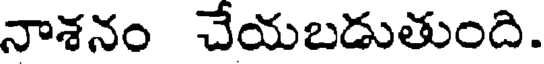
నాశనం చేయబడుతుంది.